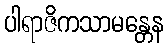
ပါရာဇိကသာမန္တေန